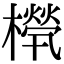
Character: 橩